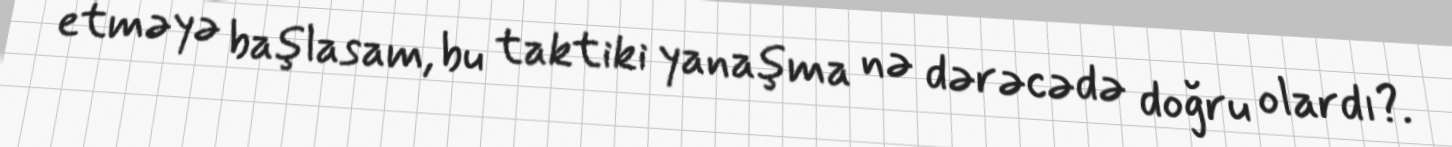
etməyə başlasam, bu taktiki yanaşma nə dərəcədə doğru olardı?.